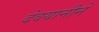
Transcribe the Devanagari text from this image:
देवयानीने